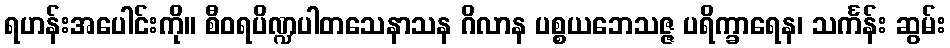
ရဟန်းအပေါင်းကို။ စီဝရပိဏ္ဍပါတသေနာသန ဂိလာန ပစ္စယဘေသဇ္ဇ ပရိက္ခာရေန၊ သင်္ကန်း ဆွမ်း